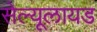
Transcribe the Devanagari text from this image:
सेल्यूलायड